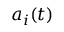
a _ { i } ( t )